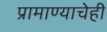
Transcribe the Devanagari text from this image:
प्रामाण्याचेही